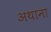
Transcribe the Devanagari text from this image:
अथाना